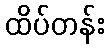
ထိပ်တန်း